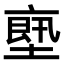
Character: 𠅴